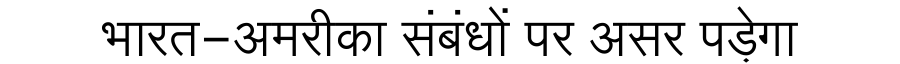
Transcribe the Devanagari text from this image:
भारत-अमरीका संबंधों पर असर पड़ेगा